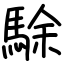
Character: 駼